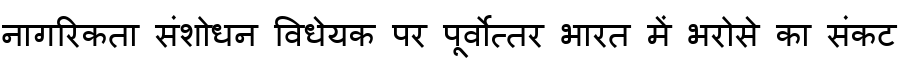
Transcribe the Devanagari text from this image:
नागरिकता संशोधन विधेयक पर पूर्वोत्तर भारत में भरोसे का संकट